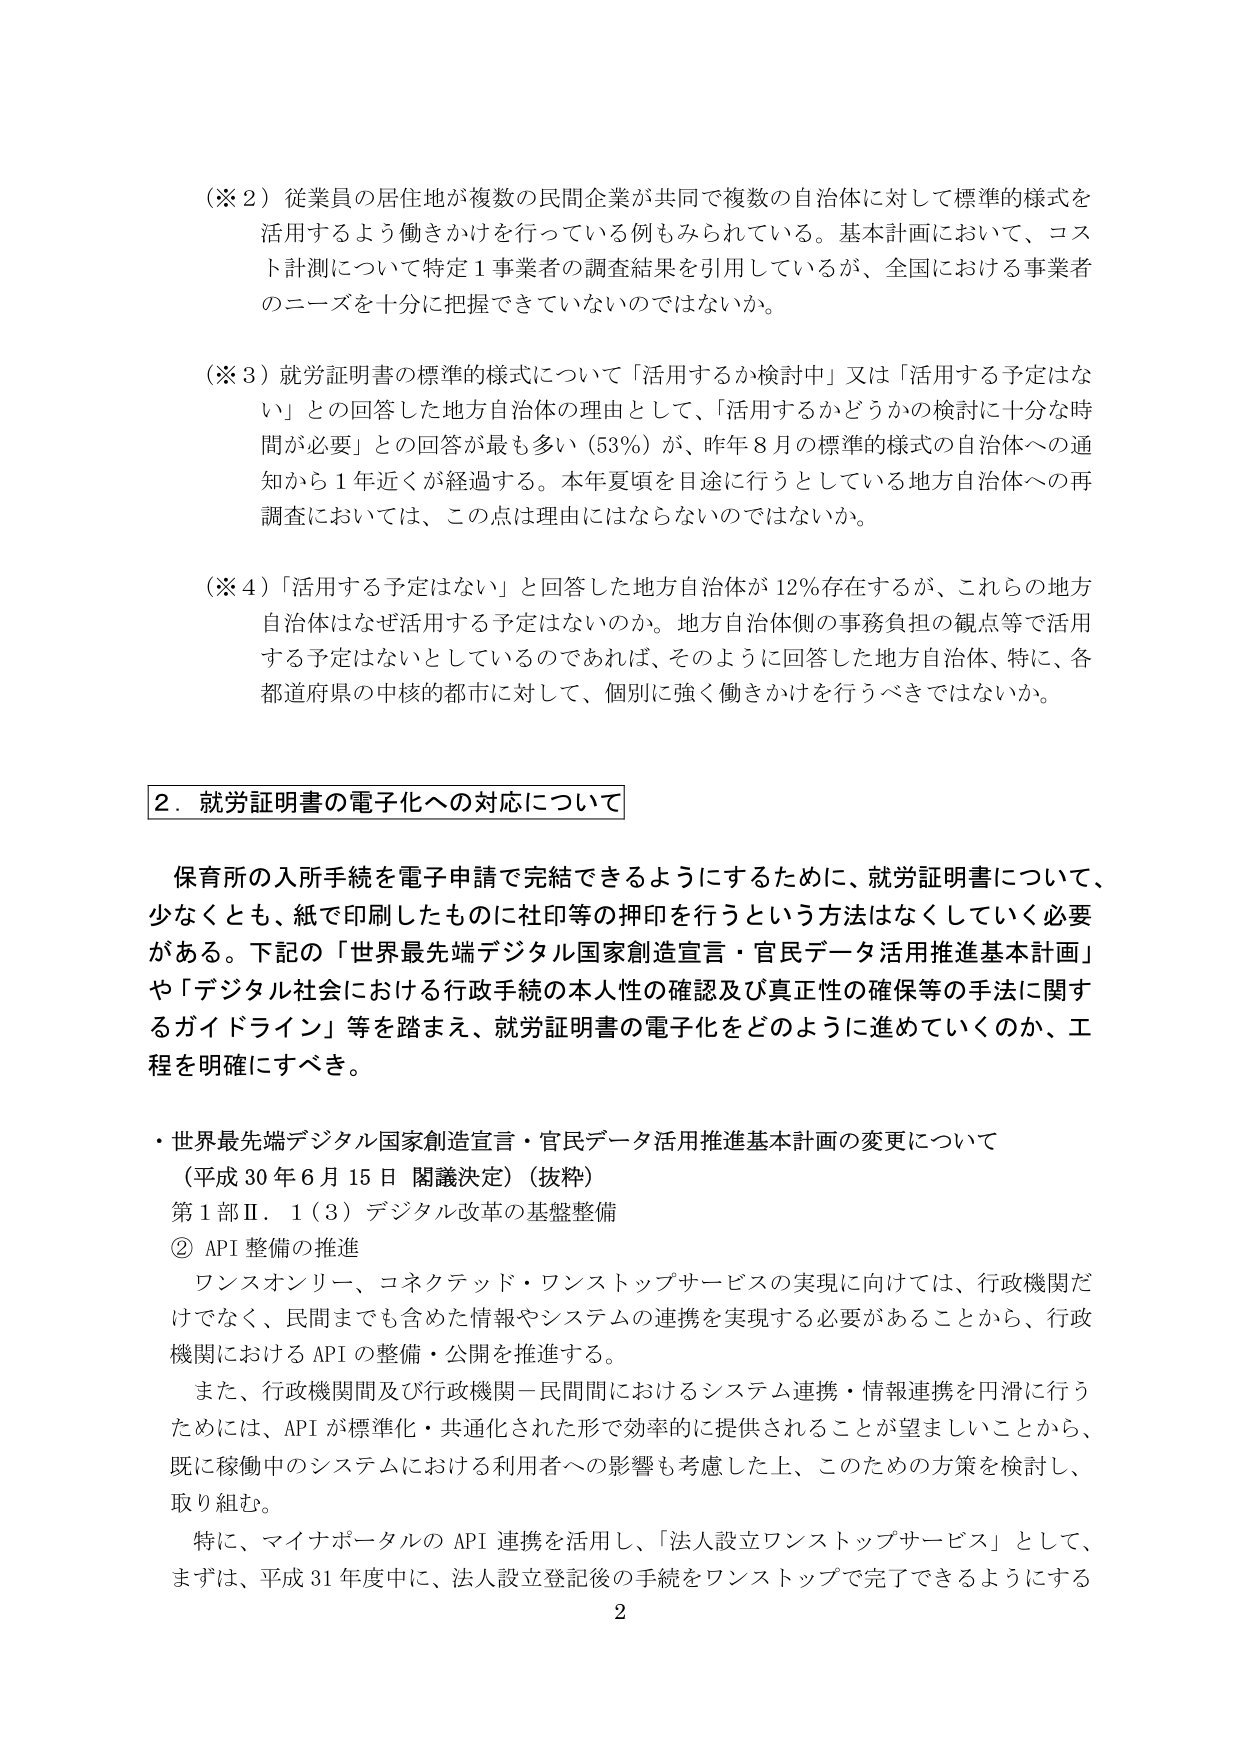
（※２）従業員の居住地が複数の民間企業が共同で複数の自治体に対して標準的様式を活用するよう働きかけを行っている例もみられている。基本計画において、コスト計測について特定１事業者の調査結果を引用しているが、全国における事業者のニーズを十分に把握できていないのではないか。

（※３）就労証明書の標準的様式について「活用するか検討中」又は「活用する予定はない」との回答した地方自治体の理由として、「活用するかどうかの検討に十分な時間が必要」との回答が最も多い（53％）が、昨年８月の標準的様式の自治体への通知から１年近くが経過する。本年夏頃を目途に行うとしている地方自治体への再調査においては、この点は理由にはならないのではないか。

（※４）「活用する予定はない」と回答した地方自治体が12％存在するが、これらの地方自治体はなぜ活用する予定はないのか。地方自治体側の事務負担の観点等で活用する予定はないとしているのであれば、そのように回答した地方自治体、特に、各都道府県の中核的都市に対して、個別に強く働きかけを行うべきではないか。

２．就労証明書の電子化への対応について

保育所の入所手続を電子申請で完結できるようにするために、就労証明書について、少なくとも、紙で印刷したものに社印等の押印を行うという方法はなくしていく必要がある。下記の「世界最先端デジタル国家創造宣言・官民データ活用推進基本計画」や「デジタル社会における行政手続の本人性の確認及び真正性の確保等の手法に関するガイドライン」等を踏まえ、就労証明書の電子化をどのように進めていくのか、工程を明確にすべき。

・世界最先端デジタル国家創造宣言・官民データ活用推進基本計画の変更について
（平成30年6月15日 閣議決定）（抜粋）
第１部Ⅱ．１（３）デジタル改革の基盤整備
② API整備の推進
　ワンスオンリー、コネクテッド・ワンストップサービスの実現に向けては、行政機関だけでなく、民間までも含めた情報やシステムの連携を実現する必要があることから、行政機関におけるAPIの整備・公開を推進する。
　また、行政機関間及び行政機関－民間間におけるシステム連携・情報連携を円滑に行うためには、APIが標準化・共通化された形で効率的に提供されることが望ましいことから、既に稼働中のシステムにおける利用者への影響も考慮した上、このための方策を検討し、取り組む。
　特に、マイナポータルのAPI連携を活用し、「法人設立ワンストップサービス」として、まずは、平成31年度中に、法人設立登記後の手続をワンストップで完了できるようにする

2